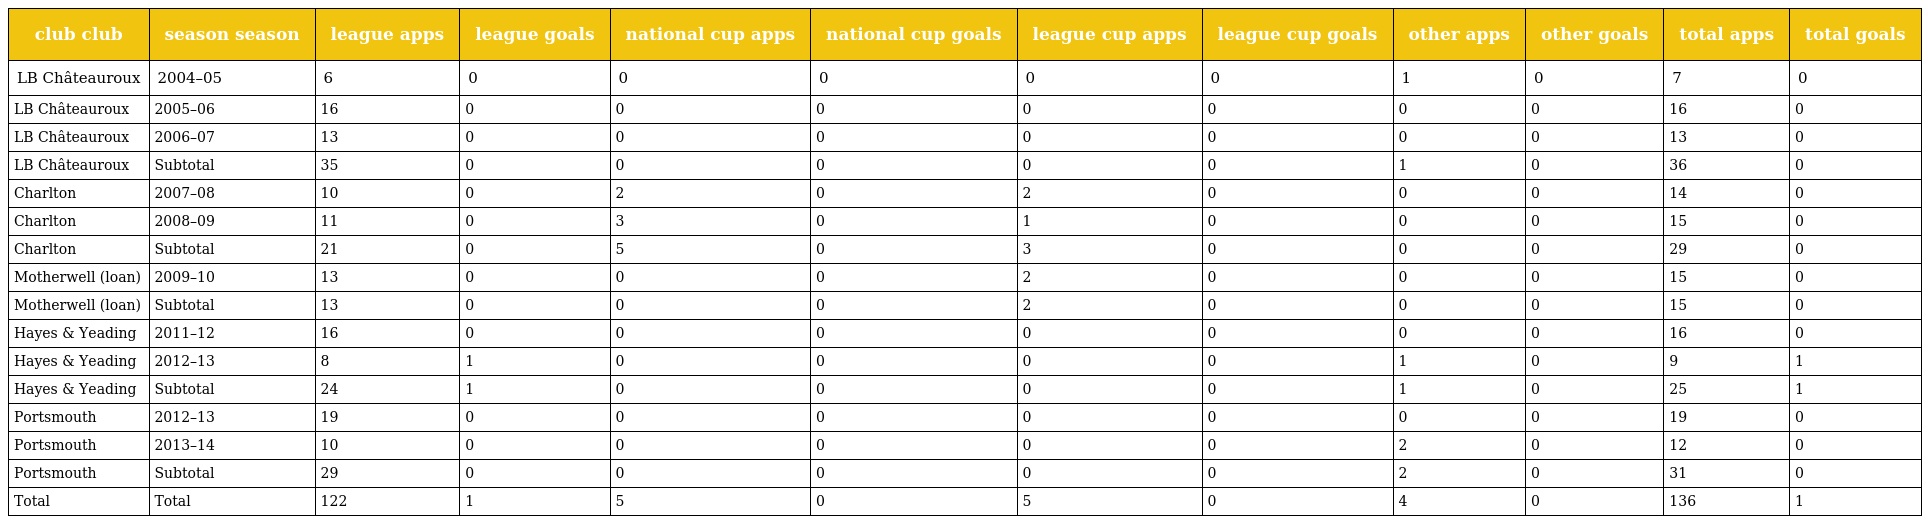
| club club | season season | league apps | league goals | national cup apps | national cup goals | league cup apps | league cup goals | other apps | other goals | total apps | total goals |
 | --- | --- | --- | --- | --- | --- | --- | --- | --- | --- | --- | --- |
 | LB Châteauroux | 2004–05 | 6 | 0 | 0 | 0 | 0 | 0 | 1 | 0 | 7 | 0 |
 | LB Châteauroux | 2005–06 | 16 | 0 | 0 | 0 | 0 | 0 | 0 | 0 | 16 | 0 |
 | LB Châteauroux | 2006–07 | 13 | 0 | 0 | 0 | 0 | 0 | 0 | 0 | 13 | 0 |
 | LB Châteauroux | Subtotal | 35 | 0 | 0 | 0 | 0 | 0 | 1 | 0 | 36 | 0 |
 | Charlton | 2007–08 | 10 | 0 | 2 | 0 | 2 | 0 | 0 | 0 | 14 | 0 |
 | Charlton | 2008–09 | 11 | 0 | 3 | 0 | 1 | 0 | 0 | 0 | 15 | 0 |
 | Charlton | Subtotal | 21 | 0 | 5 | 0 | 3 | 0 | 0 | 0 | 29 | 0 |
 | Motherwell (loan) | 2009–10 | 13 | 0 | 0 | 0 | 2 | 0 | 0 | 0 | 15 | 0 |
 | Motherwell (loan) | Subtotal | 13 | 0 | 0 | 0 | 2 | 0 | 0 | 0 | 15 | 0 |
 | Hayes & Yeading | 2011–12 | 16 | 0 | 0 | 0 | 0 | 0 | 0 | 0 | 16 | 0 |
 | Hayes & Yeading | 2012–13 | 8 | 1 | 0 | 0 | 0 | 0 | 1 | 0 | 9 | 1 |
 | Hayes & Yeading | Subtotal | 24 | 1 | 0 | 0 | 0 | 0 | 1 | 0 | 25 | 1 |
 | Portsmouth | 2012–13 | 19 | 0 | 0 | 0 | 0 | 0 | 0 | 0 | 19 | 0 |
 | Portsmouth | 2013–14 | 10 | 0 | 0 | 0 | 0 | 0 | 2 | 0 | 12 | 0 |
 | Portsmouth | Subtotal | 29 | 0 | 0 | 0 | 0 | 0 | 2 | 0 | 31 | 0 |
 | Total | Total | 122 | 1 | 5 | 0 | 5 | 0 | 4 | 0 | 136 | 1 |